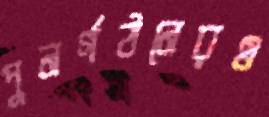
পুনর্গঠনেরও